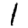
Digit: 1